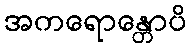
အကရောန္တောပိ